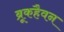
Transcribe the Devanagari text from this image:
ब्रूकहैवन